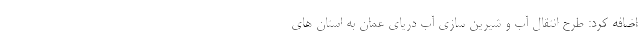
اضافه کرد: طرح انتقال آب و شیرین سازی آب دریای عمان به استان های